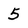
Character: 5